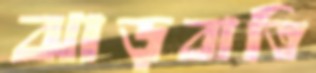
ঝাড়বাতি